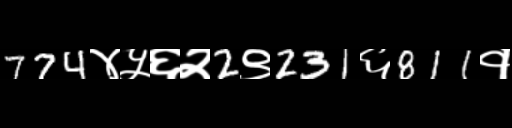
Text: 774४५६२2९231६811१